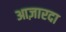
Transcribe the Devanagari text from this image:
आज़ारदा